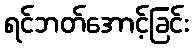
ရင်ဘတ်အောင့်ခြင်း